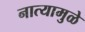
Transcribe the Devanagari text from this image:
नात्यामुळे